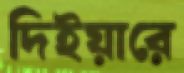
দিইয়ারে